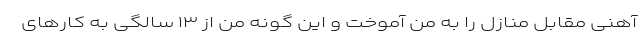
آهنی مقابل منازل را به من آموخت و این گونه من از ۱۳ سالگی به کار‌های